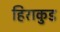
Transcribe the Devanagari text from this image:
हिराकुड